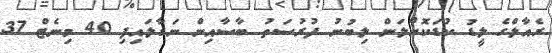
ރެއާލްގެ ލީޑު ކުޑަކޮށްލަން ލިބުނު ފުރުސަތު ބާސާއިން ނަގާލައިފި 40 މިނެޓް 37